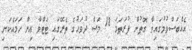
އެއްބަސްވުމުގައިވާ ގޮތުން ފުރަތަމަ 18 މަސް ދުވަހުގެ ތެރޭގައި ޓަޓްވާ އިން ހަމައެކަނި